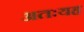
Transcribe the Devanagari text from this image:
अतःयह